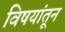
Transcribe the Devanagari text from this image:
विषयांतून